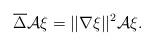
LaTeX: \begin{align*} \overline{\Delta}\mathcal{A}\xi=||\nabla \xi||^{2} \mathcal{A}\xi. \end{align*}